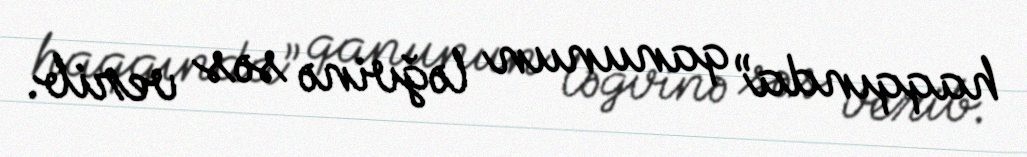
haqqında” qanunun ləğvinə səs verib.